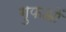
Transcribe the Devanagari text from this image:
गुफओं